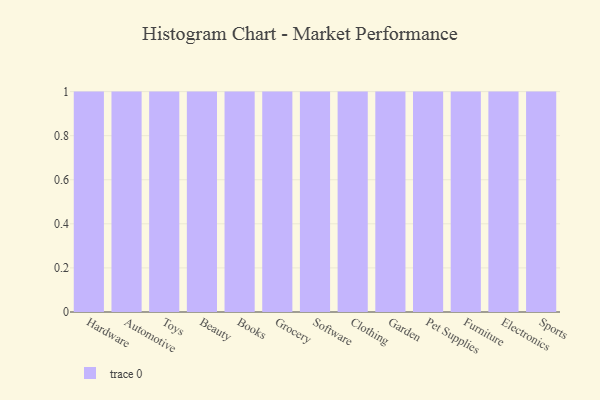
{"axis": {"x": "Category", "y": "Page Views"}, "legend": [""], "data": [{"x": "Hardware", "y": 82, "type": ""}, {"x": "Automotive", "y": 48, "type": ""}, {"x": "Toys", "y": 97, "type": ""}, {"x": "Beauty", "y": 2, "type": ""}, {"x": "Books", "y": 11, "type": ""}, {"x": "Grocery", "y": 38, "type": ""}, {"x": "Software", "y": 41, "type": ""}, {"x": "Clothing", "y": 33, "type": ""}, {"x": "Garden", "y": 19, "type": ""}, {"x": "Pet Supplies", "y": 44, "type": ""}, {"x": "Furniture", "y": 88, "type": ""}, {"x": "Electronics", "y": 12, "type": ""}, {"x": "Sports", "y": 59, "type": ""}]}